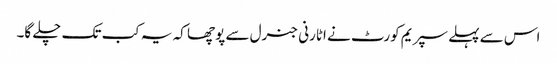
اس سے پہلے سپریم کورٹ نے اٹارنی جنرل سے پوچھا کہ یہ کب تک چلے گا۔